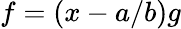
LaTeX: f=(x-a/b)g